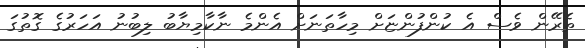
ތެރޭން ވެސް އެ ކުންފުންޏަށް މިހާތަނަށް އެންމެ ނާކާމިޔާބު ލިބުނު އަހަރުގެ ގޮތުގަ